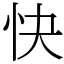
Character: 快